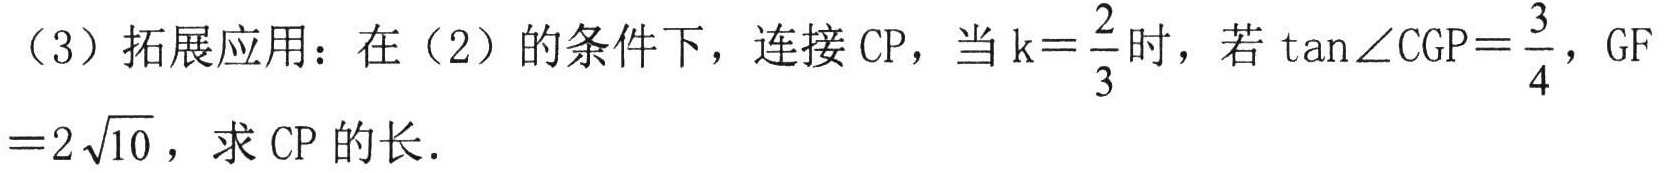
(3) 拓展应用：在 (2) 的条件下，连接 \(CP\)，当 \(k = \frac{2}{3}\) 时，若 \(\tan\angle CGP=\frac{3}{4}\)，\(GF = 2\sqrt{10}\)，求 \(CP\) 的长．